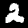
Digit: 2